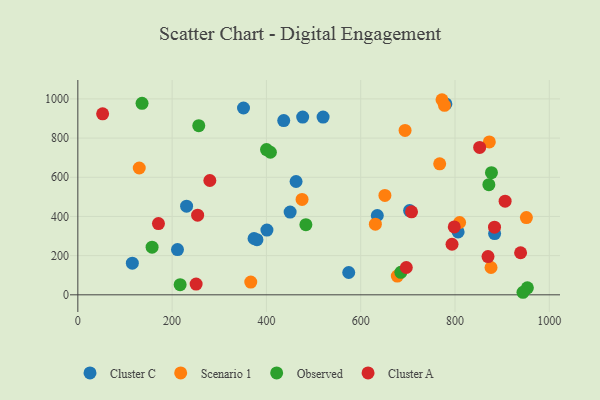
{"axis": {"x": "Distance", "y": "Salary"}, "legend": ["Cluster A", "Cluster C", "Observed", "Scenario 1"], "data": [{"x": "401.1", "y": 330.2, "type": "Cluster C"}, {"x": "520.2", "y": 907.3, "type": "Cluster C"}, {"x": "436.7", "y": 889.2, "type": "Cluster C"}, {"x": "230.7", "y": 452.3, "type": "Cluster C"}, {"x": "211.4", "y": 231.0, "type": "Cluster C"}, {"x": "574.6", "y": 113.9, "type": "Cluster C"}, {"x": "115.6", "y": 161.3, "type": "Cluster C"}, {"x": "379.9", "y": 281.7, "type": "Cluster C"}, {"x": "884.0", "y": 312.7, "type": "Cluster C"}, {"x": "373.8", "y": 287.5, "type": "Cluster C"}, {"x": "351.4", "y": 953.4, "type": "Cluster C"}, {"x": "780.6", "y": 974.5, "type": "Cluster C"}, {"x": "635.2", "y": 404.9, "type": "Cluster C"}, {"x": "476.9", "y": 907.4, "type": "Cluster C"}, {"x": "703.7", "y": 430.0, "type": "Cluster C"}, {"x": "462.9", "y": 578.4, "type": "Cluster C"}, {"x": "450.3", "y": 422.2, "type": "Cluster C"}, {"x": "806.6", "y": 321.1, "type": "Cluster C"}, {"x": "677.6", "y": 95.8, "type": "Scenario 1"}, {"x": "366.8", "y": 64.9, "type": "Scenario 1"}, {"x": "767.5", "y": 668.7, "type": "Scenario 1"}, {"x": "951.4", "y": 394.4, "type": "Scenario 1"}, {"x": "651.3", "y": 507.1, "type": "Scenario 1"}, {"x": "772.4", "y": 995.7, "type": "Scenario 1"}, {"x": "631.1", "y": 360.8, "type": "Scenario 1"}, {"x": "130.3", "y": 647.2, "type": "Scenario 1"}, {"x": "809.8", "y": 369.0, "type": "Scenario 1"}, {"x": "694.1", "y": 839.0, "type": "Scenario 1"}, {"x": "872.8", "y": 780.1, "type": "Scenario 1"}, {"x": "777.7", "y": 967.1, "type": "Scenario 1"}, {"x": "475.6", "y": 487.1, "type": "Scenario 1"}, {"x": "876.4", "y": 139.5, "type": "Scenario 1"}, {"x": "953.5", "y": 35.8, "type": "Observed"}, {"x": "136.2", "y": 977.2, "type": "Observed"}, {"x": "871.8", "y": 562.0, "type": "Observed"}, {"x": "400.2", "y": 741.5, "type": "Observed"}, {"x": "157.5", "y": 243.0, "type": "Observed"}, {"x": "217.0", "y": 52.0, "type": "Observed"}, {"x": "483.7", "y": 358.0, "type": "Observed"}, {"x": "685.1", "y": 114.9, "type": "Observed"}, {"x": "408.4", "y": 727.7, "type": "Observed"}, {"x": "877.3", "y": 623.6, "type": "Observed"}, {"x": "944.2", "y": 13.0, "type": "Observed"}, {"x": "256.5", "y": 863.3, "type": "Observed"}, {"x": "707.8", "y": 423.4, "type": "Cluster A"}, {"x": "793.7", "y": 258.2, "type": "Cluster A"}, {"x": "883.8", "y": 345.1, "type": "Cluster A"}, {"x": "906.3", "y": 477.7, "type": "Cluster A"}, {"x": "870.0", "y": 195.0, "type": "Cluster A"}, {"x": "852.3", "y": 752.5, "type": "Cluster A"}, {"x": "939.1", "y": 214.6, "type": "Cluster A"}, {"x": "250.9", "y": 54.8, "type": "Cluster A"}, {"x": "280.0", "y": 583.5, "type": "Cluster A"}, {"x": "798.4", "y": 346.7, "type": "Cluster A"}, {"x": "254.1", "y": 406.6, "type": "Cluster A"}, {"x": "171.0", "y": 363.7, "type": "Cluster A"}, {"x": "696.7", "y": 139.4, "type": "Cluster A"}, {"x": "52.6", "y": 923.5, "type": "Cluster A"}]}